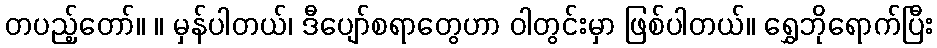
တပည့်တော်။ ။ မှန်ပါတယ်၊ ဒီပျော်စရာတွေဟာ ဝါတွင်းမှာ ဖြစ်ပါတယ်။ ရွှေဘိုရောက်ပြီး